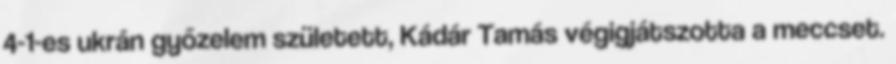
4-1-es ukrán győzelem született, Kádár Tamás végigjátszotta a meccset.